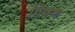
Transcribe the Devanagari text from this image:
पिषण